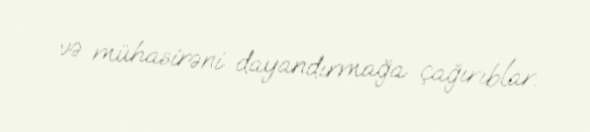
və mühasirəni dayandırmağa çağırıblar.